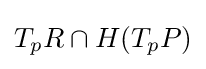
T_{p}R\cap H(T_{p}P)